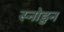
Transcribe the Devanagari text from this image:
स्नोडुन